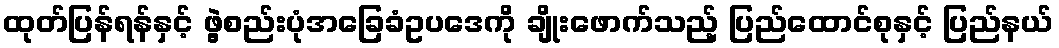
ထုတ်ပြန်ရန်နှင့် ဖွဲ့စည်းပုံအခြေခံဥပဒေကို ချိုးဖောက်သည့် ပြည်ထောင်စုနှင့် ပြည်နယ်